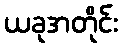
ယခုအတိုင်း